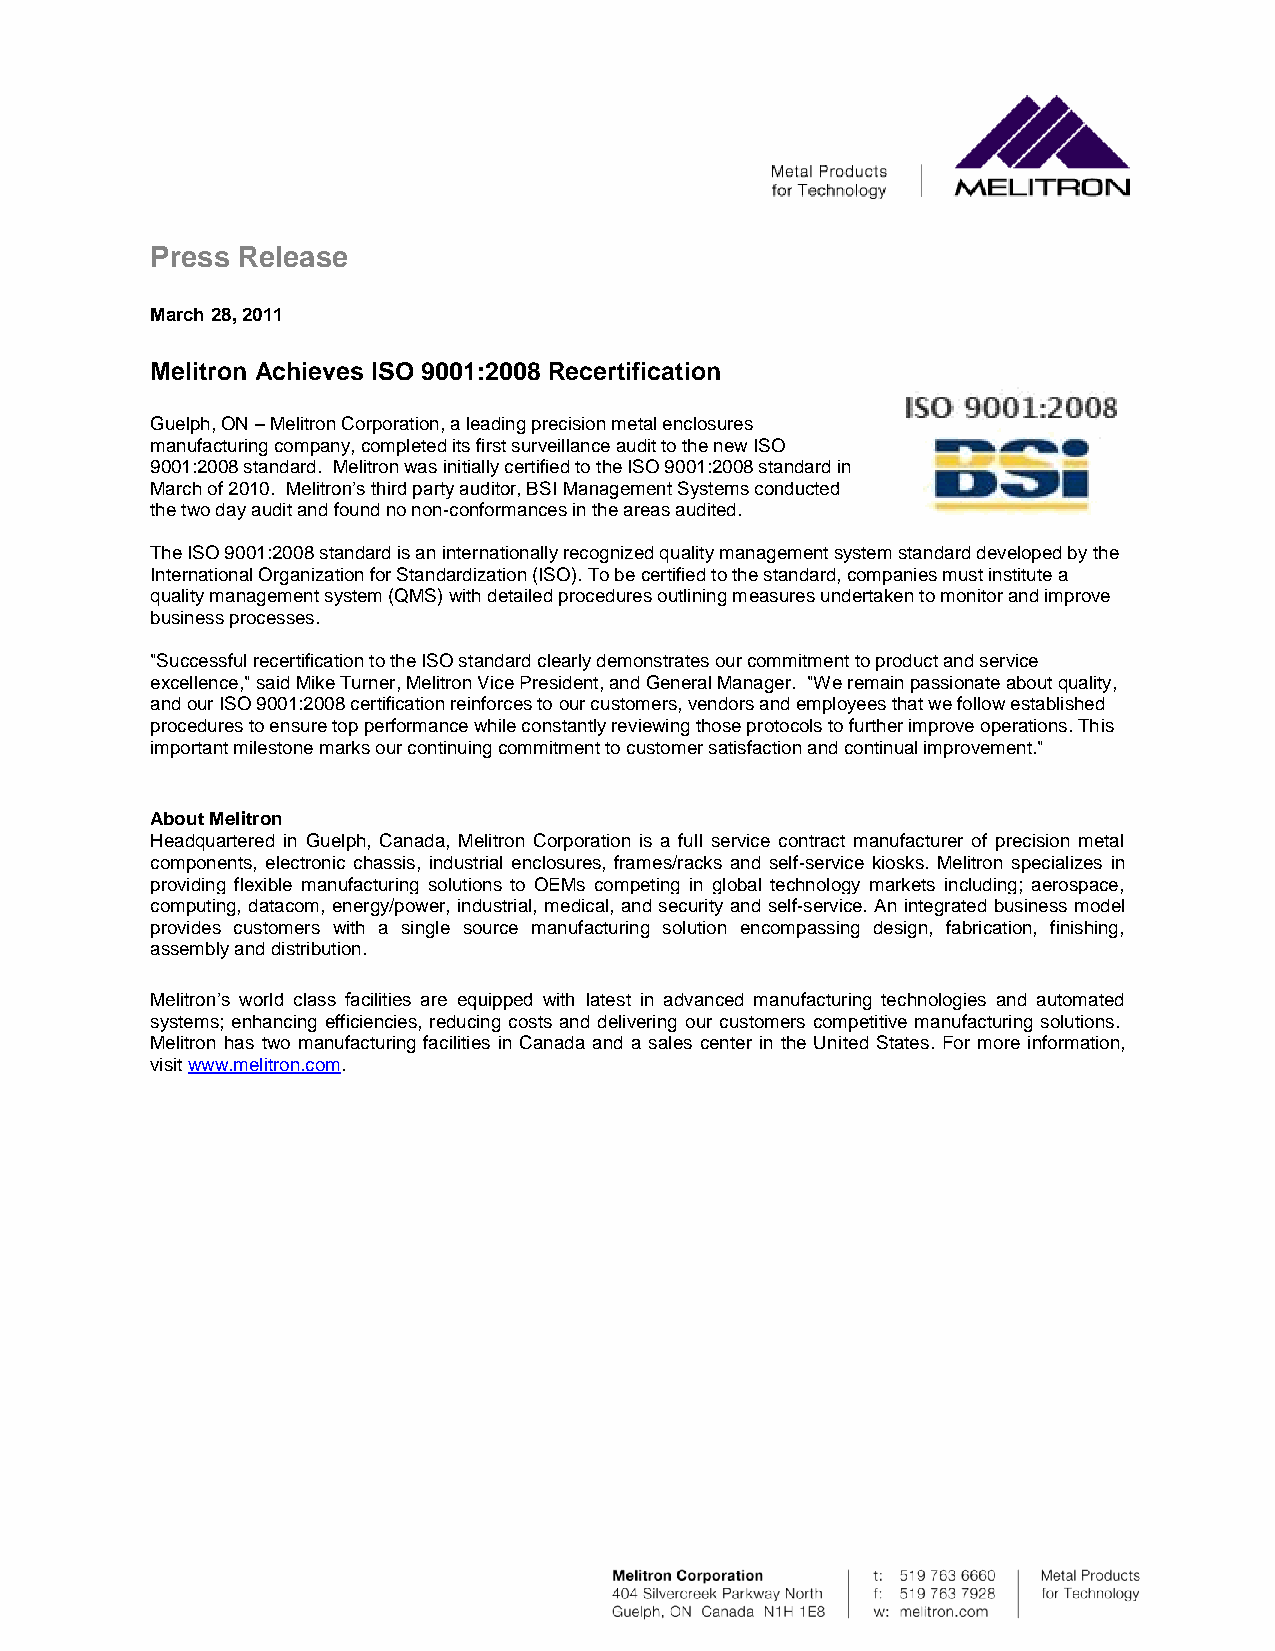
Press Release
 March 28, 2011
 Melitron Achieves ISO 9001:2008 Recertification
 Guelph, ON – Melitron Corporation, a leading precision metal enclosures
 manufacturing company, completed its first surveillance audit to the new ISO
 9001:2008 standard. Melitron was initially certified to the ISO 9001:2008 standard in
 March of 2010. Melitron’s third party auditor, BSI Management Systems conducted
 the two day audit and found no non-conformances in the areas audited.
 The ISO 9001:2008 standard is an internationally recognized quality management system standard developed by the
 International Organization for Standardization (ISO). To be certified to the standard, companies must institute a
 quality management system (QMS) with detailed procedures outlining measures undertaken to monitor and improve
 business processes.
 "Successful recertification to the ISO standard clearly demonstrates our commitment to product and service
 excellence," said Mike Turner, Melitron Vice President, and General Manager. "We remain passionate about quality,
 and our ISO 9001:2008 certification reinforces to our customers, vendors and employees that we follow established
 procedures to ensure top performance while constantly reviewing those protocols to further improve operations. This
 important milestone marks our continuing commitment to customer satisfaction and continual improvement."
 About Melitron
 Headquartered in Guelph, Canada, Melitron Corporation is a full service contract manufacturer of precision metal
 components, electronic chassis, industrial enclosures, frames/racks and self-service kiosks. Melitron specializes in
 providing flexible manufacturing solutions to OEMs competing in global technology markets including; aerospace,
 computing, datacom, energy/power, industrial, medical, and security and self-service. An integrated business model
 provides customers with a single source manufacturing solution encompassing design, fabrication, finishing,
 assembly and distribution.
 Melitron’s world class facilities are equipped with latest in advanced manufacturing technologies and automated
 systems; enhancing efficiencies, reducing costs and delivering our customers competitive manufacturing solutions.
 Melitron has two manufacturing facilities in Canada and a sales center in the United States. For more information,
 visit www.melitron.com.